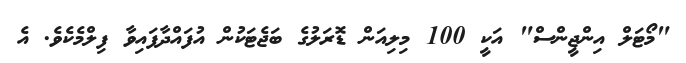
"މޯޓަލް އިންޖީންސް" އަކީ 100 މިލިއަން ޑޮރަލުގެ ބަޖެޓަކުން އުފައްދާފައިވާ ފިލްމެކެވެ. އެ